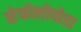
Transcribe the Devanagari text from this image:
सेफोलोपोडा